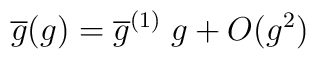
\overline{g}(g)=\overline{g}^{(1)}\;g+O(g^{2})